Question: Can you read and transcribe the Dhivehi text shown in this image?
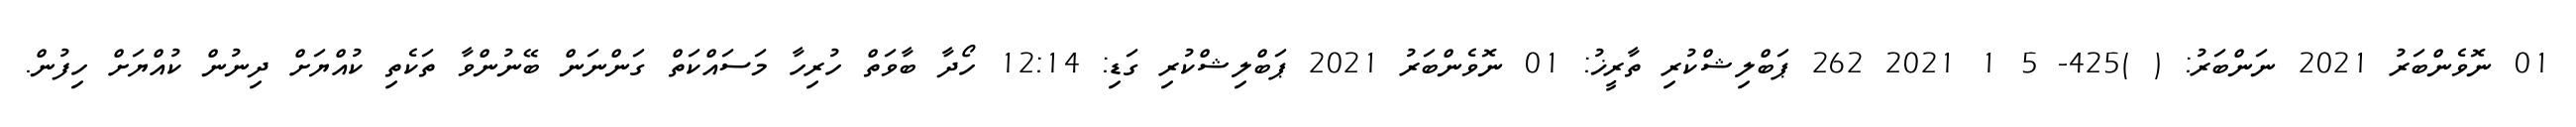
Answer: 01 ނޮވެންބަރު 2021 ނަންބަރު: ( )425- 5 1 2021 262 ޕަބްލިޝްކުރި ތާރީޚު: 01 ނޮވެންބަރު 2021 ޕަބްލިޝްކުރި ގަޑި: 12:14 ހޯދާ ބާވަތް ހުރިހާ މަސައްކަތް ގަންނަން ބޭނުންވާ ތަކެތި ކުއްޔަށް ދިނުން ކުއްޔަށް ހިފުން.